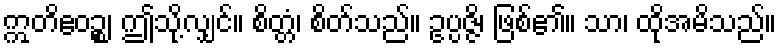
ဣတိဧဝဉ္စ၊ ဤသို့လျှင်။ စိတ္တံ၊ စိတ်သည်။ ဥပ္ပဇ္ဇိ၊ ဖြစ်၏။ သာ၊ ထိုအမိသည်။